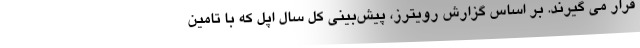
قرار می گیرند. بر اساس گزارش رویترز، پیش‌بینی کل سال اپل که با تامین